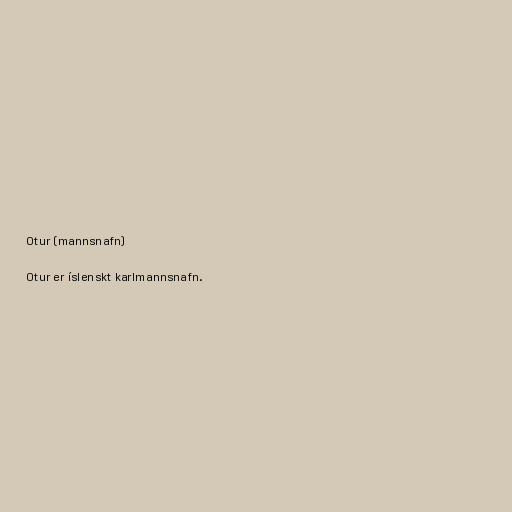
Otur (mannsnafn)

Otur er íslenskt karlmannsnafn.